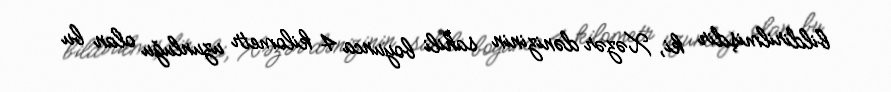
bildirilmişdir ki, Xəzər dənizinin sahili boyunca 4 kilometr uzunluğu olan bu